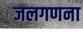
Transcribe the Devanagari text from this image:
जलगणना